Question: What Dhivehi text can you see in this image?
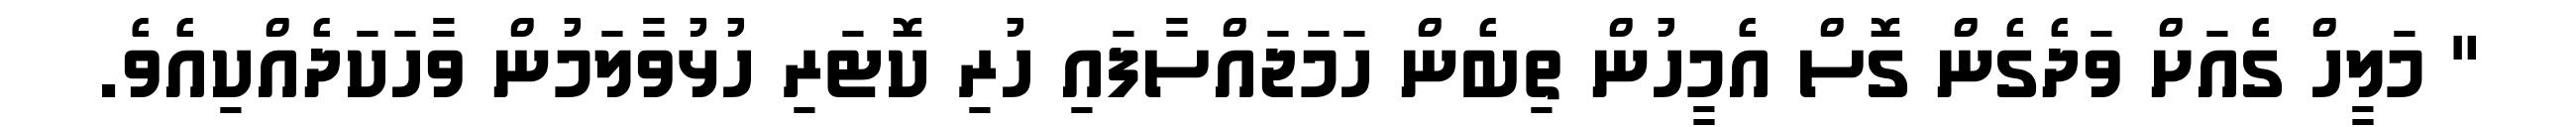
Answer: " މަލީހް ގެއަށް ވަދެގެން ގޮސް އެމީހުން ތިބެން ހަމަޖައްސާފައި ހުރި ކޮޓަރި ހުޅުވާލަމުން ވާހަކަދެއްކިއެވެ.